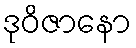
ဒုဝိဇာနော